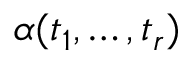
\alpha ( t _ { 1 } , \dots , t _ { r } )